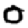
Digit: 0